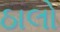
ઠાલો